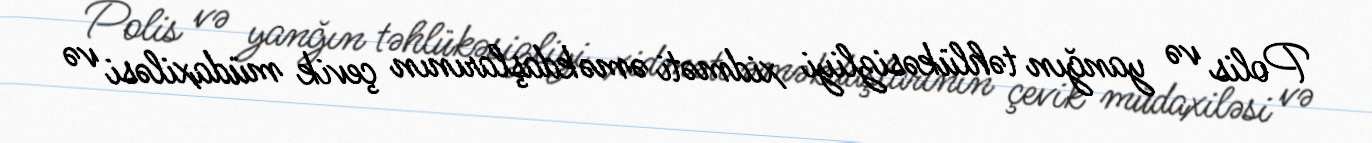
Polis və yanğın təhlükəsizliyi xidməti əməkdaşlarının çevik müdaxiləsi və